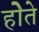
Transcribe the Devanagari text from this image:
होेते